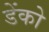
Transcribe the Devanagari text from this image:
डेंको